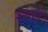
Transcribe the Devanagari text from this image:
रतनदेव